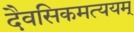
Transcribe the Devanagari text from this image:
दैवसिकमत्ययम्‌